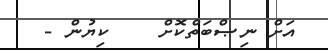
އަށް ނިޞްބަތްކޮށް    ކިޔުން -